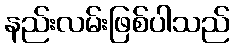
နည်းလမ်းဖြစ်ပါသည်